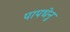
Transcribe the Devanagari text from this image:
पापधेनु